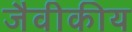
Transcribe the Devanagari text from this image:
जैवीकीय